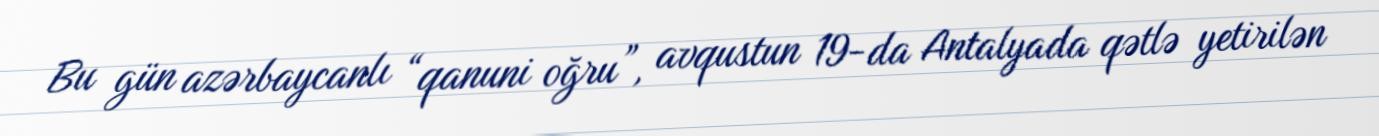
Bu gün azərbaycanlı “qanuni oğru”, avqustun 19-da Antalyada qətlə yetirilən